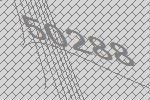
50288